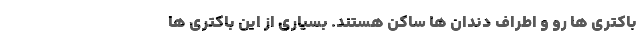
باکتری ها رو و اطراف دندان ها ساکن هستند. بسیاری از این باکتری ها